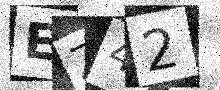
Text: EZ42